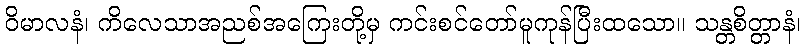
ဝိမာလနံ၊ ကိလေသာအညစ်အကြေးတို့မှ ကင်းစင်တော်မူကုန်ပြီးထသော။ သန္တစိတ္တာနံ၊